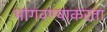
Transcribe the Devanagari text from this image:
भागवण्याकरता